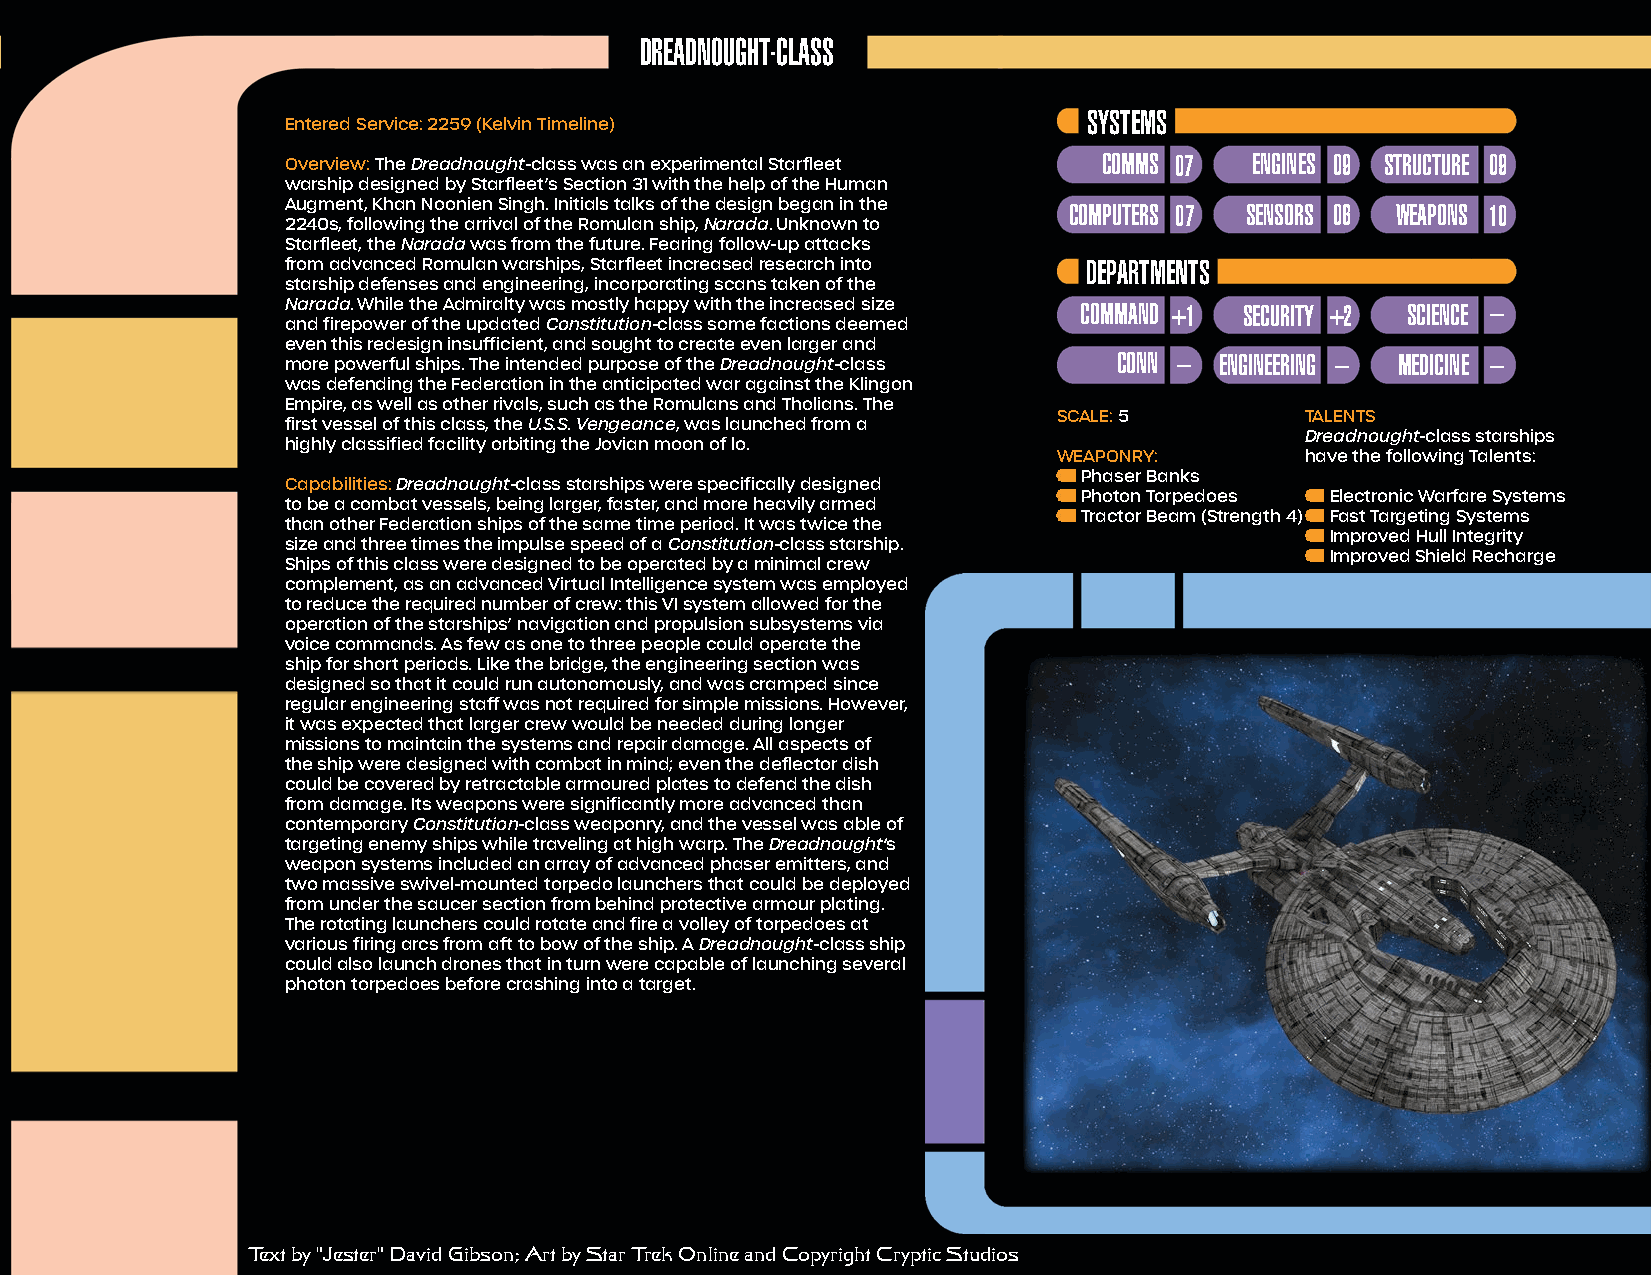
DREADNOUGHT-CLASS
 SYSTEMS
 Entered Service: 2259 (Kelvin Timeline)
 Overview: The Dreadnought-class was an experimental Starfleet COMMS 07 ENGINES 09 STRUCTURE 09
 warship designed by Starfleet’s Section 31 with the help of the Human
 Augment, Khan Noonien Singh. Initials talks of the design began in the COMPUTERS 07 SENSORS 06 WEAPONS 10
 2240s, following the arrival of the Romulan ship, Narada. Unknown to
 Starfleet, the Narada was from the future. Fearing follow-up attacks
 from advanced Romulan warships, Starfleet increased research into DEPARTMENTS
 starship defenses and engineering, incorporating scans taken of the
 Narada. While the Admiralty was mostly happy with the increased size COMMAND +1 SECURITY +2 SCIENCE –
 and firepower of the updated Constitution-class some factions deemed
 even this redesign insufficient, and sought to create even larger and
 more powerful ships. The intended purpose of the Dreadnought-class CONN – ENGINEERING – MEDICINE –
 was defending the Federation in the anticipated war against the Klingon
 Empire, as well as other rivals, such as the Romulans and Tholians. The
 SCALE: 5        TALENTS
 first vessel of this class, the U.S.S. Vengeance, was launched from a
 Dreadnought-class starships
 highly classified facility orbiting the Jovian moon of lo.
 WEAPONRY:       have the following Talents:
 Phaser Banks
 Capabilities: Dreadnought-class starships were specifically designed
 Photon Torpedoes Electronic Warfare Systems
 to be a combat vessels, being larger, faster, and more heavily armed
 Tractor Beam (Strength 4) Fast Targeting Systems
 than other Federation ships of the same time period. It was twice the
 Improved Hull Integrity
 size and three times the impulse speed of a Constitution-class starship.
 Improved Shield Recharge
 Ships of this class were designed to be operated by a minimal crew
 complement, as an advanced Virtual Intelligence system was employed
 to reduce the required number of crew: this VI system allowed for the
 operation of the starships’ navigation and propulsion subsystems via
 voice commands. As few as one to three people could operate the
 ship for short periods. Like the bridge, the engineering section was
 designed so that it could run autonomously, and was cramped since
 regular engineering staff was not required for simple missions. However,
 it was expected that larger crew would be needed during longer
 missions to maintain the systems and repair damage. All aspects of
 the ship were designed with combat in mind; even the deflector dish
 could be covered by retractable armoured plates to defend the dish
 from damage. Its weapons were significantly more advanced than
 contemporary Constitution-class weaponry, and the vessel was able of
 targeting enemy ships while traveling at high warp. The Dreadnought‘s
 weapon systems included an array of advanced phaser emitters, and
 two massive swivel-mounted torpedo launchers that could be deployed
 from under the saucer section from behind protective armour plating.
 The rotating launchers could rotate and fire a volley of torpedoes at
 various firing arcs from aft to bow of the ship. A Dreadnought-class ship
 could also launch drones that in turn were capable of launching several
 photon torpedoes before crashing into a target.
 Text by "Jester" David Gibson; Art by Star Trek Online and Copyright Cryptic Studios